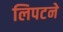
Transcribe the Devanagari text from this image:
लिपटने